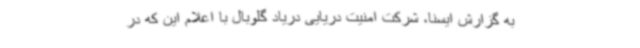
به گزارش ایسنا، شرکت امنیت دریایی دریاد گلوبال با اعلام این که در